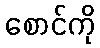
စောင်ကို